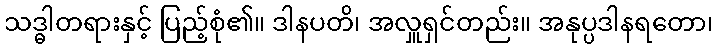
သဒ္ဓါတရားနှင့် ပြည့်စုံ၏။ ဒါနပတိ၊ အလှူရှင်တည်း။ အနုပ္ပဒါနရတော၊